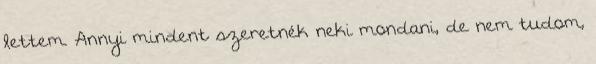
lettem. Annyi mindent szeretnék neki mondani, de nem tudom,